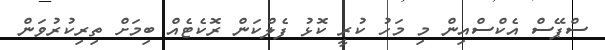
ސްޕޭސް އެކްސްއިން މި މަހު ކުރީ ކޮޅު ފެލްކަން ރޮކެޓެއް ބިމަށް ތިރިކުރުވަން